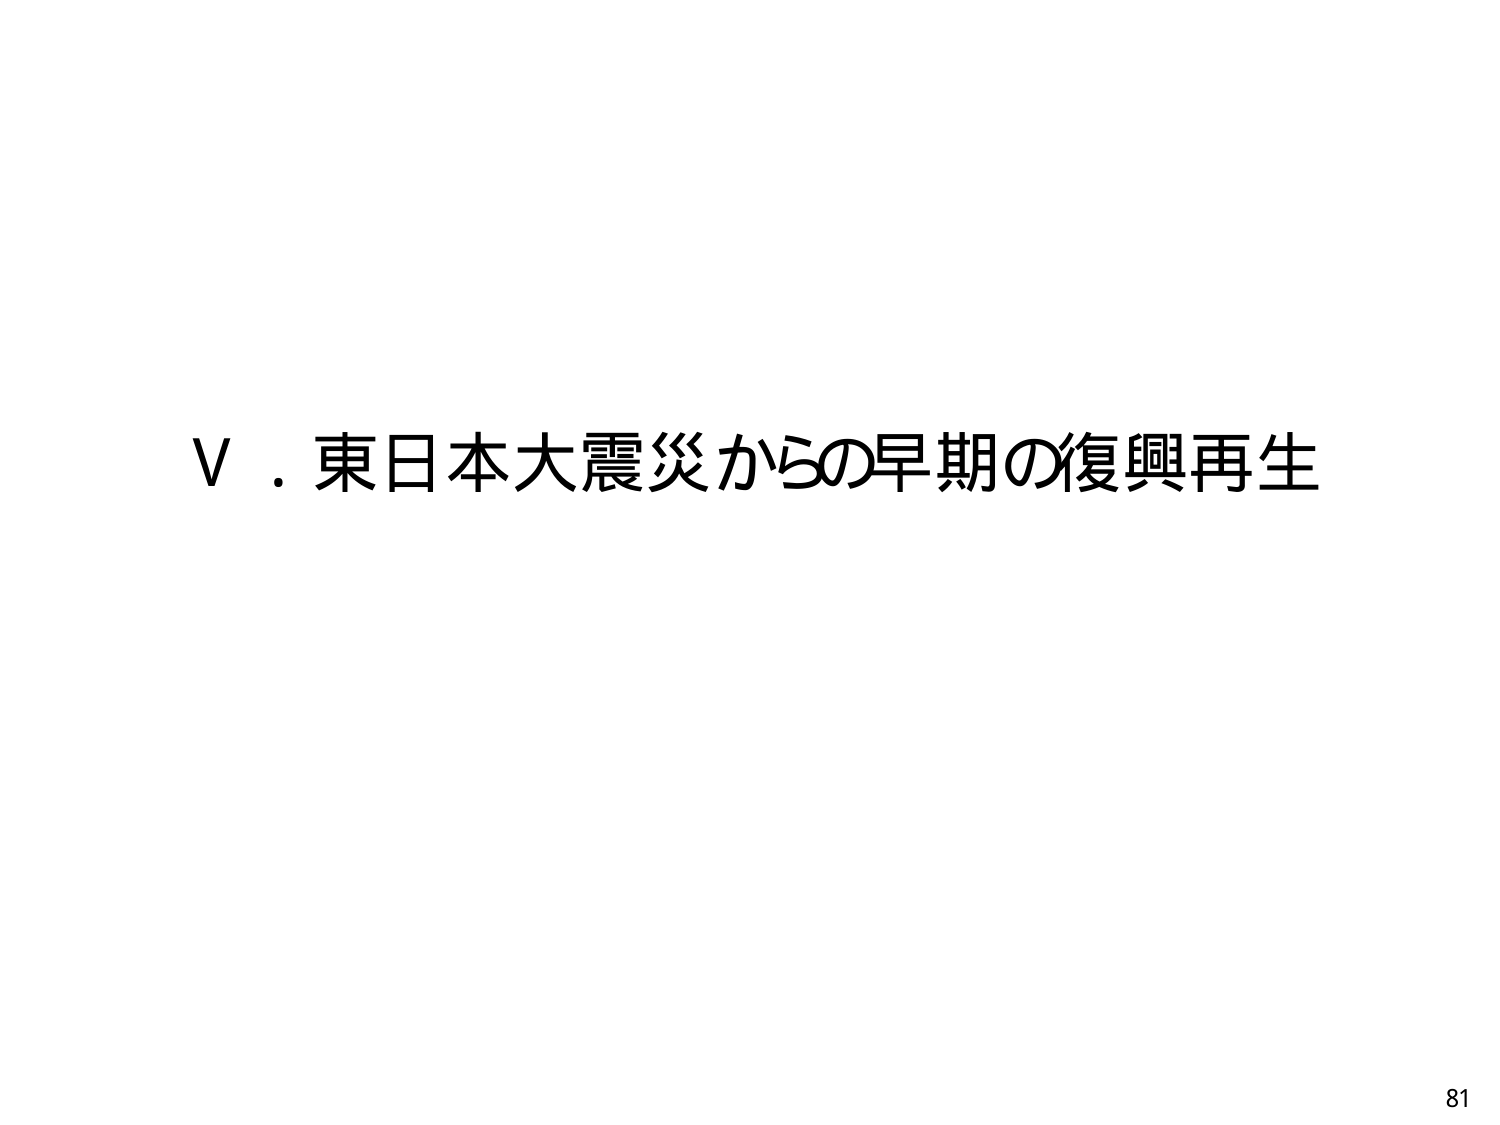
V．東日本大震災からの早期の復興再生
81